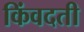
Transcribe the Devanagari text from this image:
किंवदती